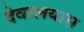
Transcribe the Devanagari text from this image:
देवालयास